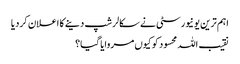
اہم ترین یونیورسٹی نے سکالرشپ دینے کا اعلان کردیا
نقیب اللہ محسود کو کیوں مروایا گیا؟